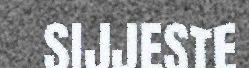
SIJJESTE